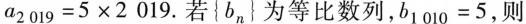
a _ { 2 0 1 9 } = 5 \times 2 0 1 9$$.若 {b_{n} 为等比数列， $$b _ { 1 0 1 0 } = 5$$ ，则